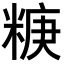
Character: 𥺧